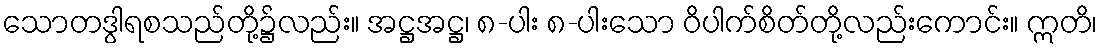
သောတဒွါရစသည်တို့၌လည်း။ အဋ္ဌအဋ္ဌ၊ ၈-ပါး ၈-ပါးသော ဝိပါက်စိတ်တို့လည်းကောင်း။ ဣတိ၊